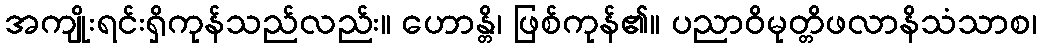
အကျိုးရင်းရှိကုန်သည်လည်း။ ဟောန္တိ၊ ဖြစ်ကုန်၏။ ပညာဝိမုတ္တိဖလာနိသံသာစ၊